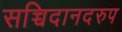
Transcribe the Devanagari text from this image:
सच्चिदानदरुप